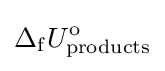
\Delta _{\rm {f}}U_{\mathrm {products} }^{\rm {o}}